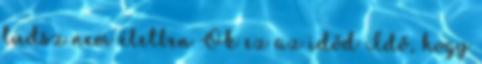
tudsz nem életben Ok ez az időd Idő, hogy